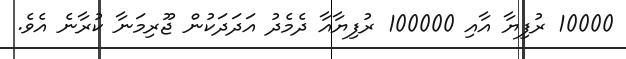
10000 ރުފިޔާ އާއި 100000 ރުފިޔާއާ ދެމެދު އަދަދަކުން ޖޫރިމަނާ ކުރާނެ އެވެ.